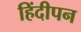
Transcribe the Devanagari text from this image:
हिंदीपन